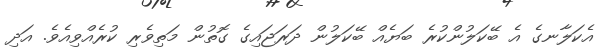
އެކަލާނގެ އެ ބޭކަލުންކުރެ ބަޔެއް ބޭކަލުން ދަރަޖައިގެ ގޮތުން މަތިވެރި ކުރެއްވިއެވެ. އަދި